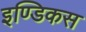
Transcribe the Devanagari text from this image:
इण्डिकस